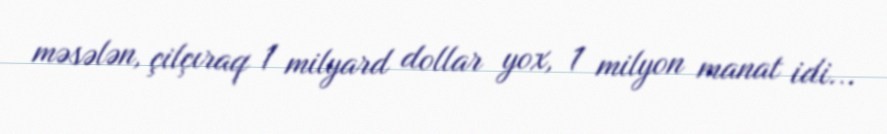
məsələn, çilçıraq 1 milyard dollar yox, 1 milyon manat idi...